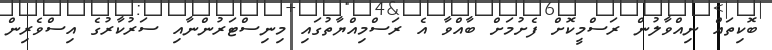
ބޮކިތައް ނިއްވާލުން ރަސްމީކޮށް ފެށުމަށް ބާއްވާ އެ ރަސްމިއްޔާތުގައި މިނިސްޓަރުންނާއި ސަރުކާރުގެ އިސްވެރިން